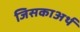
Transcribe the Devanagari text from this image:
जिसकाअर्थ